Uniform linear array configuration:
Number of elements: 8
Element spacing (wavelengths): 0.25
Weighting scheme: blackman
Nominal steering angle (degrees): -60
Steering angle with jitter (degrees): -58.515
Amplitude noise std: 0.05
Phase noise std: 0.05

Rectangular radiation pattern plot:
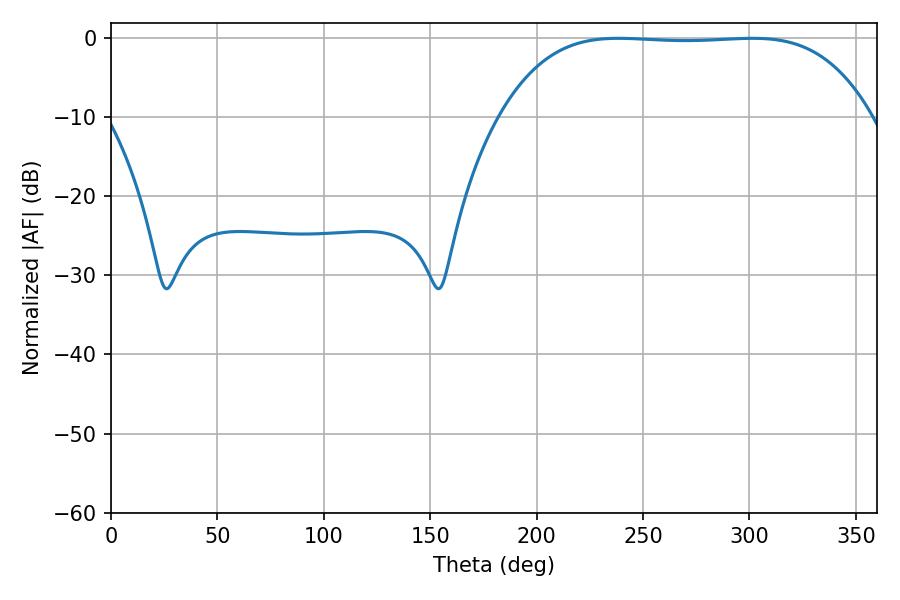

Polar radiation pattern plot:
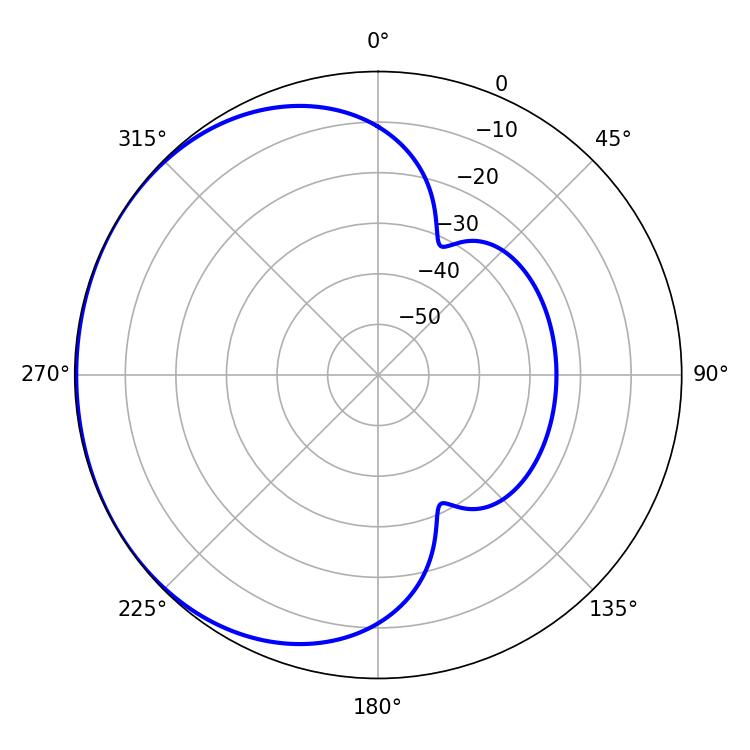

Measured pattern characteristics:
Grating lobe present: FALSE
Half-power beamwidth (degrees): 134.64
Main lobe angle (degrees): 238.5